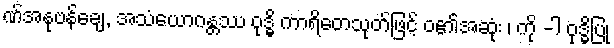
ဏ်အနုဗန်ချေ, အသံယောဂန္တဿ ဝုဒ္ဓိ ကာရိတေသုတ်ဖြင့် ဝ၏အဆုံး ၊ ကို -ါ ဝုဒ္ဓိပြု